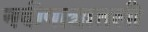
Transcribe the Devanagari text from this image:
नदीपात्रातली